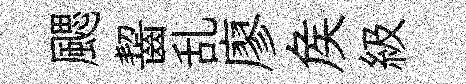
颸齧乱廖矦級